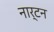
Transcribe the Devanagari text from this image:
नार्टन